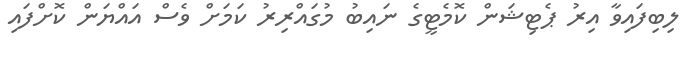
ލިބިފައިވާ އިރު ޕެޓިޝަން ކޮމެޓީގެ ނައިބު މުގައްރިރު ކަމަށް ވެސް އައްޔަން ކޮށްފައި